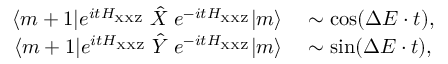
\begin{array} { r l } { \langle m + 1 | e ^ { i t H _ { \mathrm { X X Z } } } \; \hat { X } \; e ^ { - i t H _ { \mathrm { X X Z } } } | m \rangle } & { { } \sim \mathrm { c o s } ( \Delta E \cdot t ) , } \\ { \langle m + 1 | e ^ { i t H _ { \mathrm { X X Z } } } \; \hat { Y } \; e ^ { - i t H _ { \mathrm { X X Z } } } | m \rangle } & { { } \sim \mathrm { s i n } ( \Delta E \cdot t ) , } \end{array}